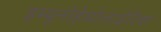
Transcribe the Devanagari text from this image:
इम्यूनोहेमोलाईटिक